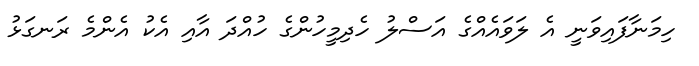
ހިމަނާފައިވަނީ އެ ލަވައެއްގެ އަސްލު ހެދިމީހުންގެ ހުއްދަ އާއި އެކު އެންމެ ރަނގަޅު